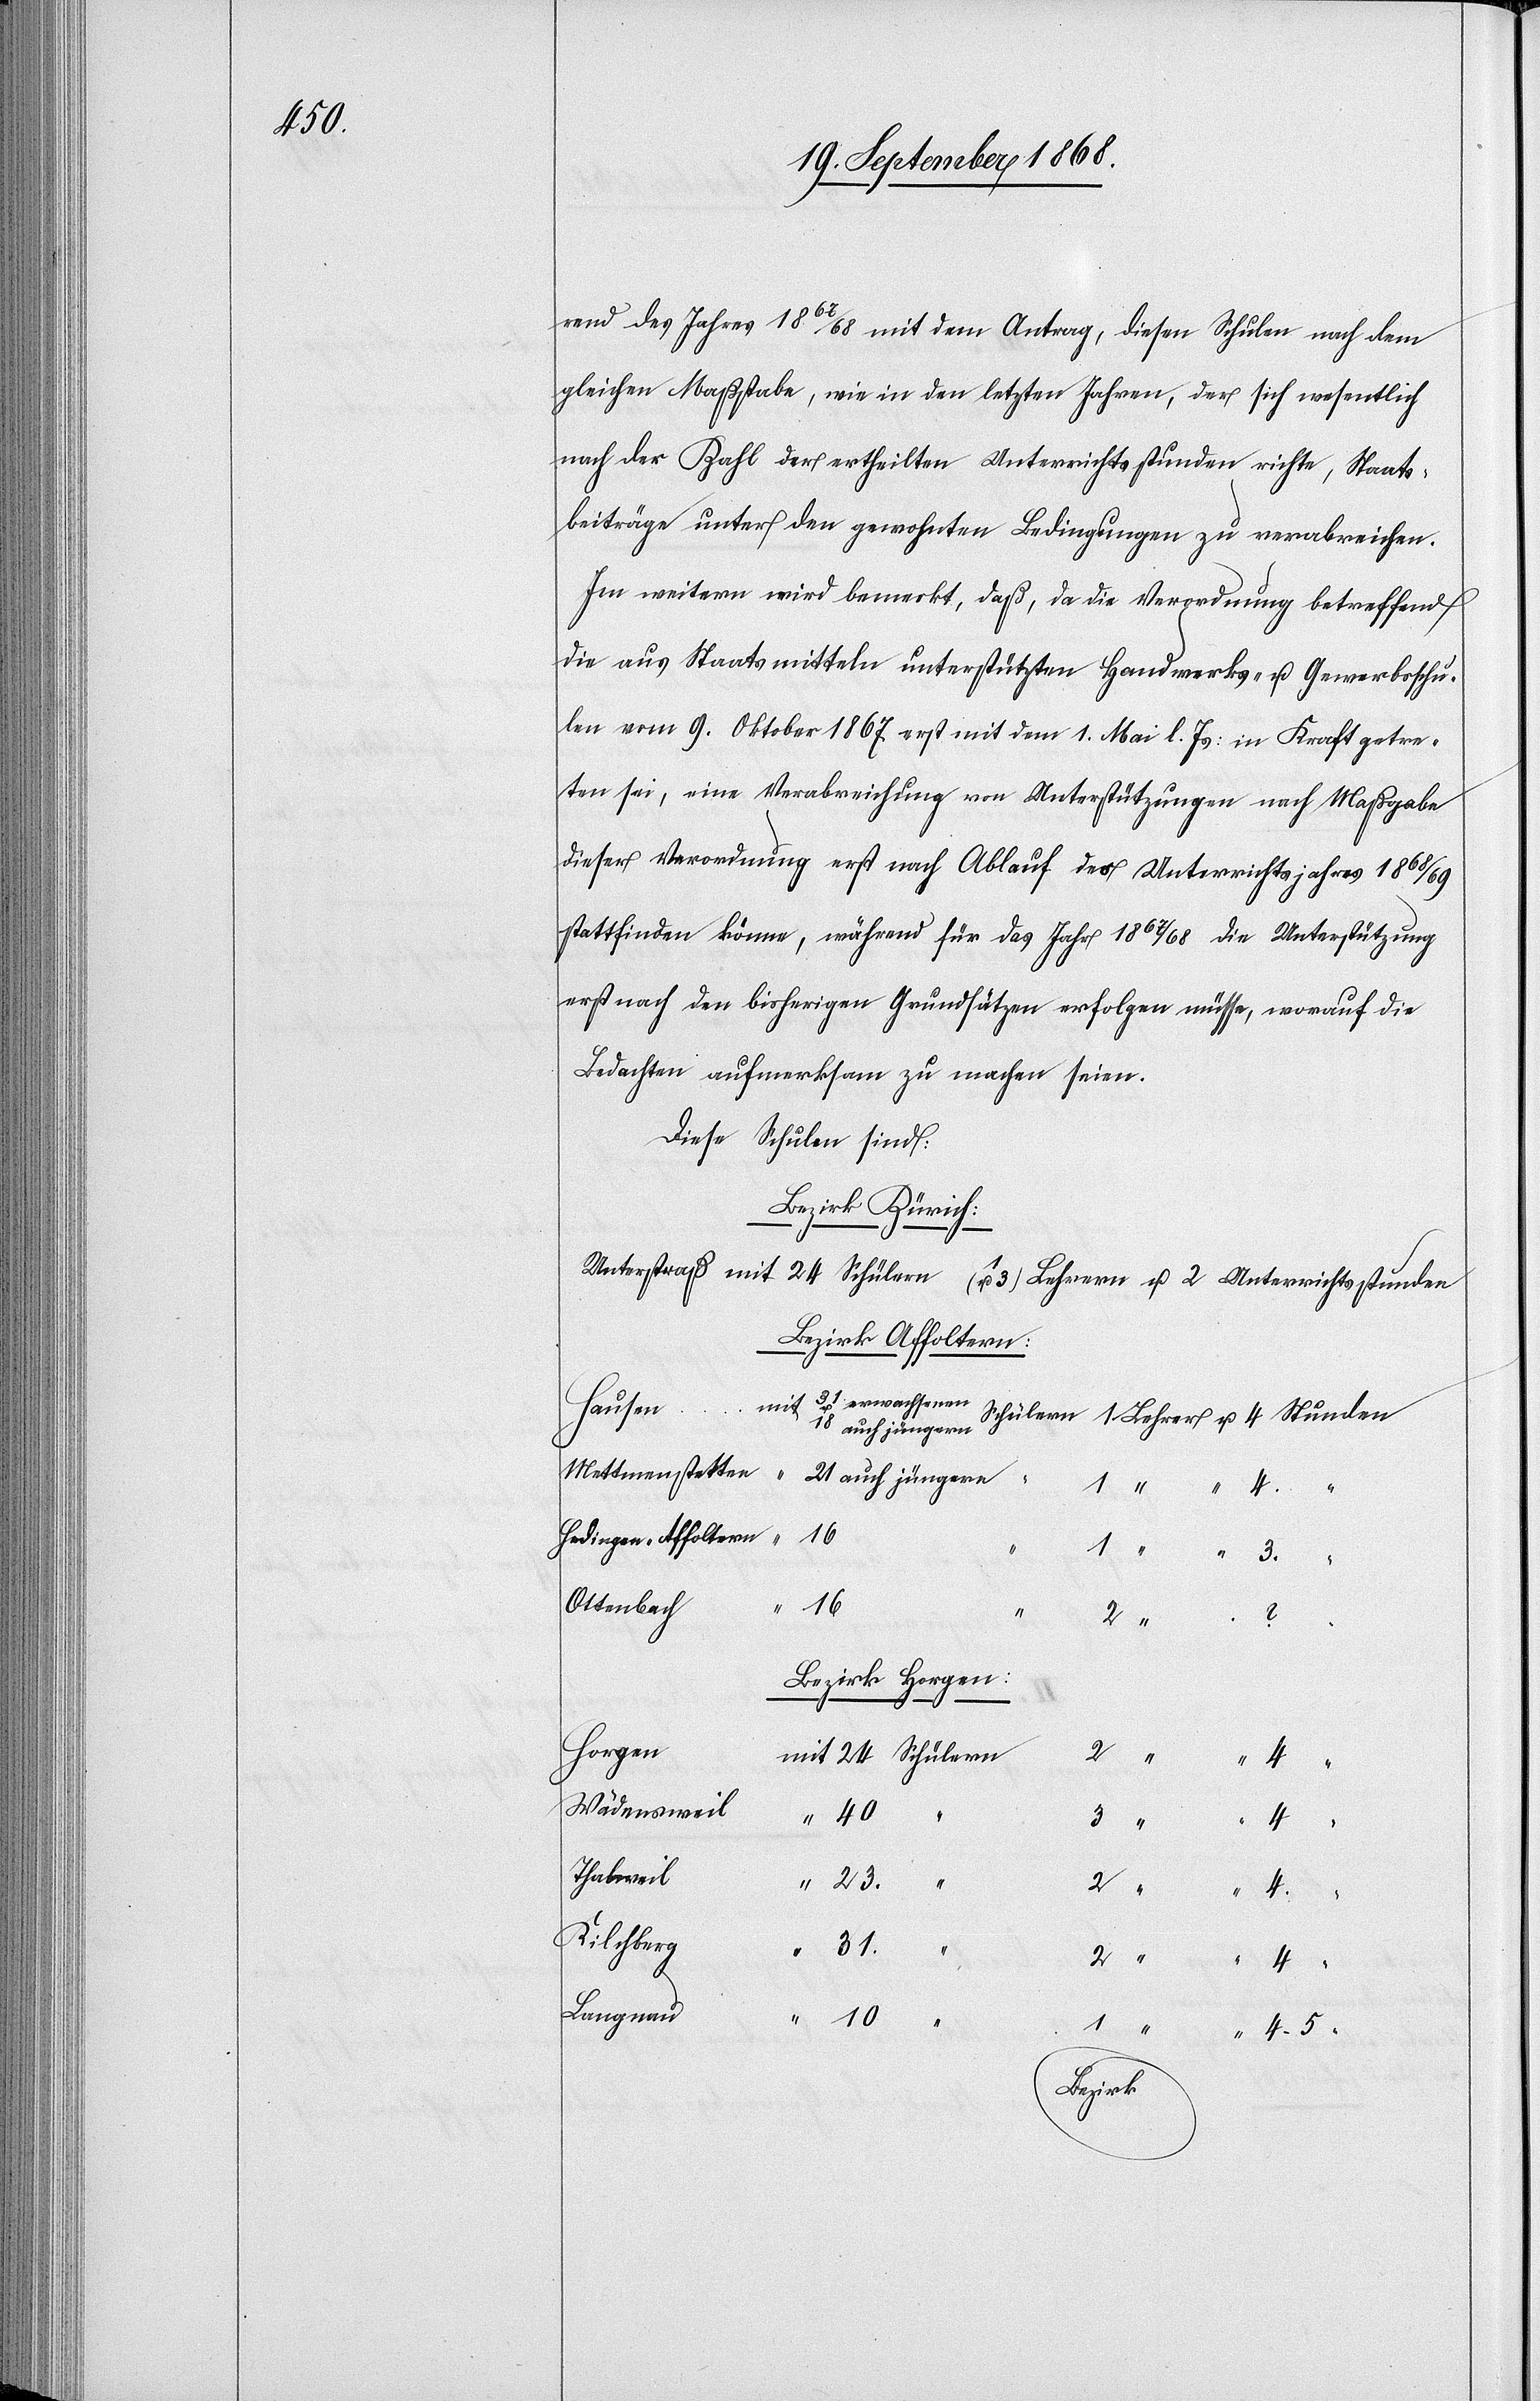
4–5 “

rend des Jahres 1867/68 mit dem Antrag, diesen Schulen nach dem
gleichen Maßstabe, wie in den letzten Jahren, der sich wesentlich
nach der Zahl der ertheilten Unterrichtsstunden richte, Staats¬
beiträge unter den gewohnten Bedingungen zu verabreichen.
Im weitern wird bemerkt, daß, da die Verordnung betreffend
die aus Staatsmitteln unterstützten Handwerks- u. Gewerbsschu¬
len vom 9. Oktober 1867 erst mit dem 1. Mai l. Js: in Kraft getre¬
ten sei, eine Verabreichung von Unterstützungen nach Maßgabe
dieser Verordnung erst nach Ablauf des Unterrichtsjahres 1868/69
stattfinden könne, während für das Jahr 1867/68 die Unterstützung
erst nach den bisherigen Grundsätzen erfolgen müsse, worauf die
Bedachten aufmerksam zu machen seien.
Diese Schulen sind:
Bezirk Zürich:
Bezirk Affoltern:
Hausen
Mettmenstetten
21 auch jüngern
Stunden
16
Hedingen - Affoltern
1 “
3.
Ottenbach
16
“
Bezirk Horgen:
Horgen
4.
Wädensweil
40
3 “
Thalweil
23.
2 “
4.
Kilchberg
31.
“
2 “
4 “
Langnau
4
10
1 “
[Lehrer]